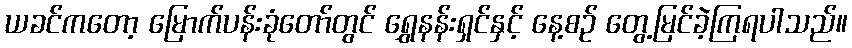
ယခင်ကတော့ မြောက်ပန်းခုံတော်တွင် ရွှေနန်းရှင်နှင့် နေ့စဉ် တွေ့မြင်ခဲ့ကြရပါသည်။